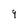
Character: 9